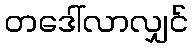
တဒေါ်လာလျှင်